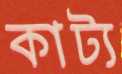
কাট্য